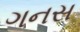
ગનસ